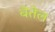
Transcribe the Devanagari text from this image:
बेतेल